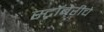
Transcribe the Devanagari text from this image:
स्ट्रॉबेरीचे